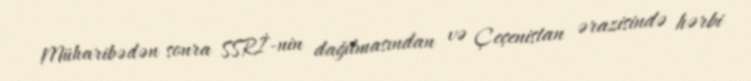
Müharibədən sonra SSRİ-nin dağılmasından və Çeçenistan ərazisində hərbi